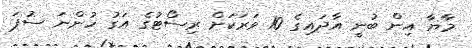
މާޔާ އިން ބުނީ އާދައިގެ 10 ވަރަކަށް ރިސޯޓުގެ އަގު ހުންނަ ސުޕަ